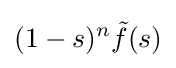
(1-s)^{n}{\tilde {f}}(s)